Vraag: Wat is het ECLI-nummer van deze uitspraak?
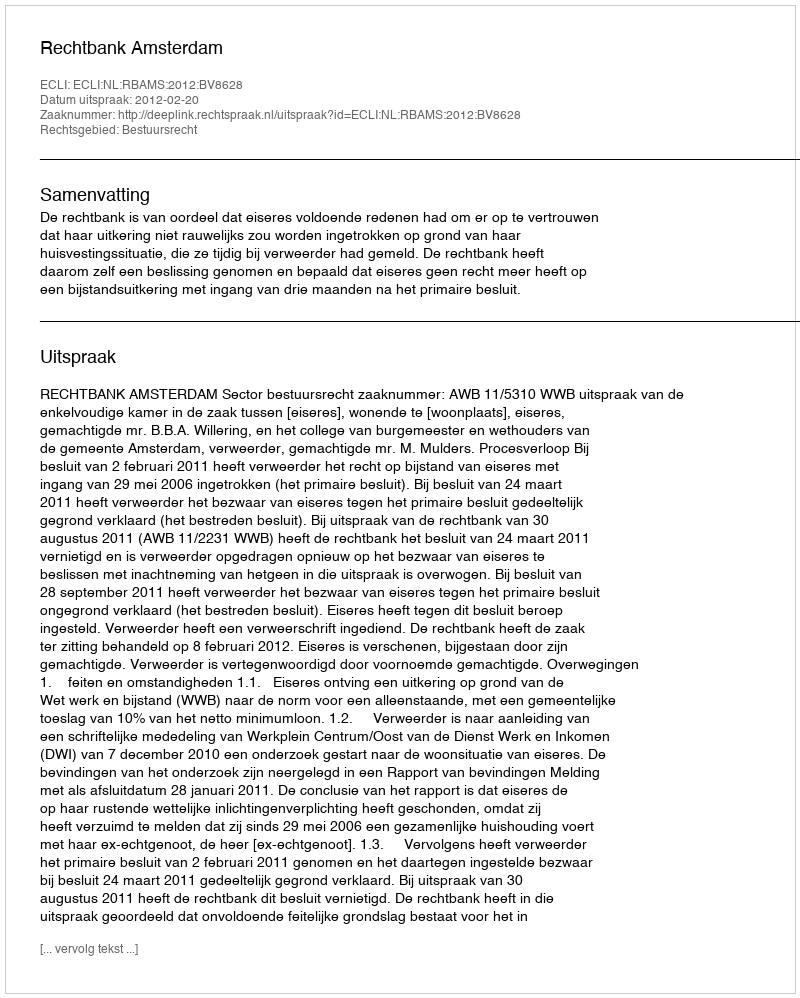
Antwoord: ECLI:NL:RBAMS:2012:BV8628